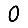
Digit: 0